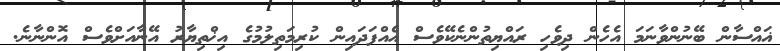
ޣައްސާން ބޭނުންވާނަމަ އެހެން ދިވެހި ރައްޔިތުންނެކޭވެސް އެއްފަދައިން ކުރިމަތިލުމުގެ އިޚްތިޔާރު އޭނާއަށްވެސް އޮންނާނެ.